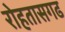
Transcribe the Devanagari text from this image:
रोहतासगढ